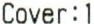
COVER:1